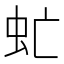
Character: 虻